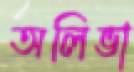
অলিভা